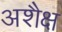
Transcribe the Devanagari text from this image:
अशैक्ष